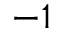
^ { - 1 }